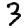
Digit: 3